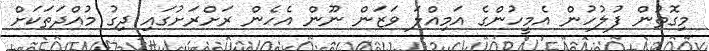
މިގޮތުން ފުލުހުން އެމީހުންގެ އަމިއްލަ ވަޒަން ނޫން އެހެން ރަށްރަށުގައި ދިގު މުއްދަތަކަށް